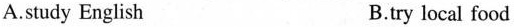
A.study English B.try local food